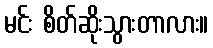
မင်း စိတ်ဆိုးသွားတာလား။